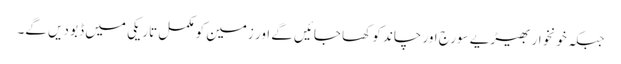
جبکہ خونخوار بھیڑیے سورج اور چاند کو کھا جائیں گے اور زمین کو مکمل تاریکی میں ڈبو دیں گے۔